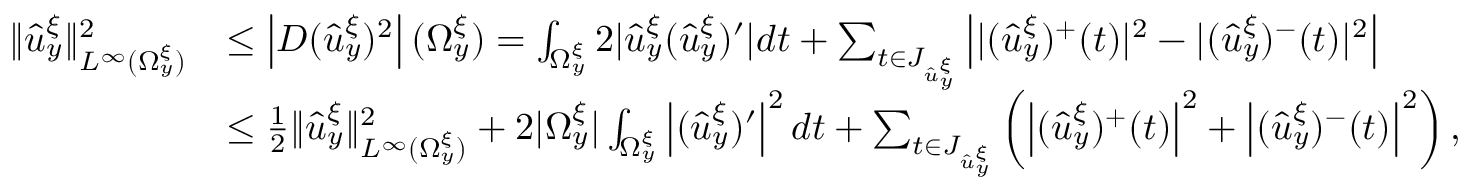
\begin{array} { r l } { \Vert \hat { u } _ { y } ^ { \xi } \Vert _ { L ^ { \infty } ( \Omega _ { y } ^ { \xi } ) } ^ { 2 } } & { \leq \left| D ( \hat { u } _ { y } ^ { \xi } ) ^ { 2 } \right| ( \Omega _ { y } ^ { \xi } ) = \int _ { \Omega _ { y } ^ { \xi } } 2 | \hat { u } _ { y } ^ { \xi } ( \hat { u } _ { y } ^ { \xi } ) ^ { \prime } | d t + \sum _ { t \in J _ { \hat { u } _ { y } ^ { \xi } } } \left| | ( \hat { u } _ { y } ^ { \xi } ) ^ { + } ( t ) | ^ { 2 } - | ( \hat { u } _ { y } ^ { \xi } ) ^ { - } ( t ) | ^ { 2 } \right| } \\ & { \leq \frac { 1 } { 2 } \Vert \hat { u } _ { y } ^ { \xi } \Vert _ { L ^ { \infty } ( \Omega _ { y } ^ { \xi } ) } ^ { 2 } + 2 | \Omega _ { y } ^ { \xi } | \int _ { \Omega _ { y } ^ { \xi } } \left| ( \hat { u } _ { y } ^ { \xi } ) ^ { \prime } \right| ^ { 2 } d t + \sum _ { t \in J _ { \hat { u } _ { y } ^ { \xi } } } \left( \left| ( \hat { u } _ { y } ^ { \xi } ) ^ { + } ( t ) \right| ^ { 2 } + \left| ( \hat { u } _ { y } ^ { \xi } ) ^ { - } ( t ) \right| ^ { 2 } \right) , } \end{array}